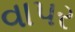
વાપર